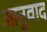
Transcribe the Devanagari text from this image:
आनुवाद